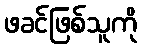
ဖခင်ဖြစ်သူကို